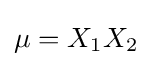
{\textstyle \mu =X_{1}X_{2}}